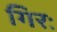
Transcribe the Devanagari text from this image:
गिरः